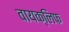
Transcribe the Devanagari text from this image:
वायक्लिफ